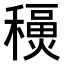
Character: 𥣇